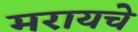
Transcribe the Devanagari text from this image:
मरायचे